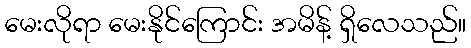
မေးလိုရာ မေးနိုင်ကြောင်း အမိန့် ရှိလေသည်။